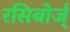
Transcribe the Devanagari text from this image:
रसिबोर्ज्